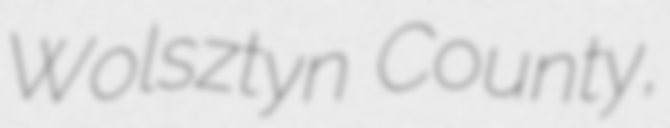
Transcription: Wolsztyn County,